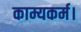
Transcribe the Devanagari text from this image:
काम्यकर्म।